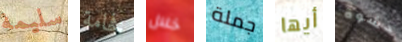
سليمة فخامة خلال جملة أيها حشوة